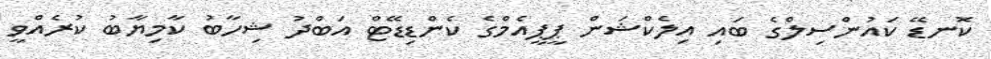
ކޮނޑޭ ކައުންސިލްގެ ބައި އިލެކްޝަން ޕީޕީއެމްގެ ކެންޑިޑޭޓް އަބްދު ޝިހާބު ކާމިޔާބު ކުރެއްވީ